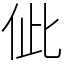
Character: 佌